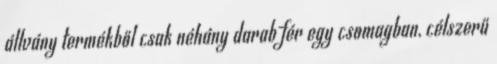
állvány termékből csak néhány darab fér egy csomagban, célszerű